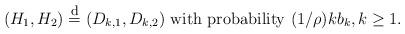
LaTeX: \begin{align*}(H_1,H_2)\overset{\footnotesize\mbox{d}}{=}(D_{k,1},D_{k,2}) \mbox{ with probability }(1/\rho)kb_{k},k\ge 1.\end{align*}